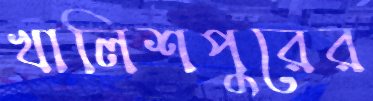
খালিশপুরের